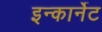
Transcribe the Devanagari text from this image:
इन्कार्नेट